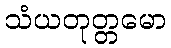
သံယတုတ္တမော